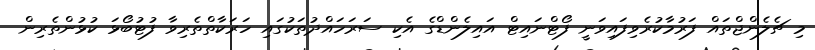
މި ޗެލެންޖްތައް ފަރުމާކުރެވިފައިވަނީ ފޯޓްނައިޓް އައިލެންޑްގެ އެކި ސަރަހައްދުތަކުގައި ހަރަކާތްތެރިވާ ފުޓުބޯޅަ ކުޅުންތެރިން